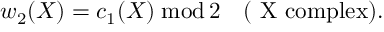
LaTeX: w _ { 2 } ( X ) = c _ { 1 } ( X ) \; \mathrm { m o d } \, 2 \quad \mathrm { ( ~ X ~ c o m p l e x ) } .